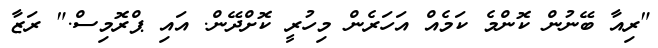
"ރިއާ ބޭނުން ކޮންމެ ކަމެއް އަހަރެން މިހުރީ ކޮށްދޭން. އައި ޕްރޮމިސް." ރަޒާ